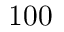
1 0 0